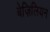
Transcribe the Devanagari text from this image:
बेज़िलियन